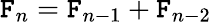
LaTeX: \mathtt{F}_{n}=\mathtt{F}_{n-1}+\mathtt{F}_{n-2}